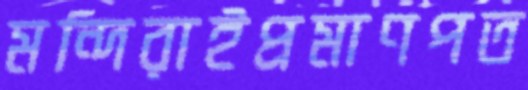
মন্দিরাইপ্রমাণপত